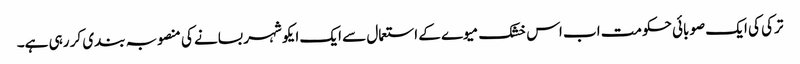
ترکی کی ایک صوبائی حکومت اب اس خشک میوے کے استعمال سے ایک ایکو شہر بسانے کی منصوبہ بندی کر رہی ہے۔